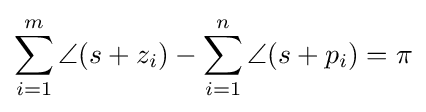
\sum _{i=1}^{m}\angle (s+z_{i})-\sum _{i=1}^{n}\angle (s+p_{i})=\pi